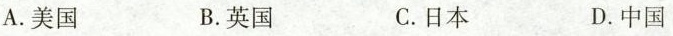
A.美国 B.英国 C.日本 D.中国